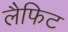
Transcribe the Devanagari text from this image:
लैफिट